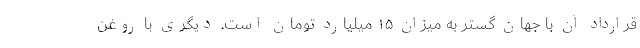
قرارداد آن با جهان گستر به میزان ۱۵ میلیارد تومان است. دیگری با روغن